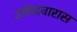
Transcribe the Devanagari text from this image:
उमेव्दवारास